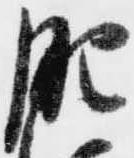
肥